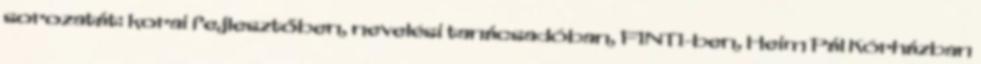
sorozatát: korai fejlesztőben, nevelési tanácsadóban, FINTI-ben, Heim Pál Kórházban